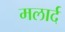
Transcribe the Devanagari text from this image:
मलार्द